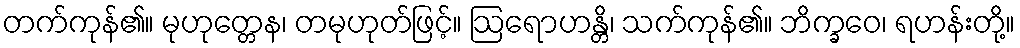
တက်ကုန်၏။ မုဟုတ္တေန၊ တမုဟုတ်ဖြင့်။ ဩရောဟန္တိ၊ သက်ကုန်၏။ ဘိက္ခဝေ၊ ရဟန်းတို့။